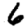
Digit: 6